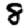
Digit: 8